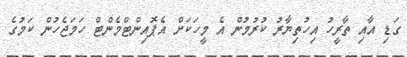
ގަޑި އާއި ތާރީހު އިހުތިޔާރު ކުރުމުން އެ މީހަކަށް އެޕޮއިންޓްމެންޓް ހަމަޖެހުން ކަމުގެ